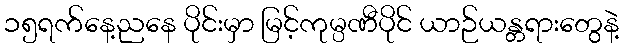
၁၅ရက်နေ့ညနေ ပိုင်းမှာ မြင့်ကုမ္ပဏီပိုင် ယာဉ်ယန္တရားတွေနဲ့